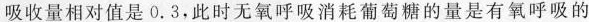
吸收量相对值是0.3，此时无氧呼吸消耗葡萄糖的量是有氧呼吸的